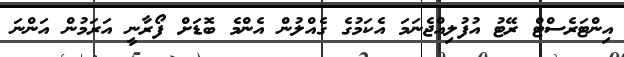
އިންޓަރެސްޓް ރޭޓު އުފުލިއްޖެނަމަ އެކަމުގެ ގެއްލުން އެންމެ ބޮޑަށް ފޯރާނީ އަރަމުން އަންނަ